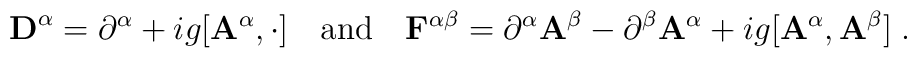
{\bf D}^\alpha = \partial^\alpha + i g [{\bf A}^\alpha, \cdot ]\quad {\rm {and}} \quad{\bf F}^{\alpha \beta} = \partial^\alpha {\bf A}^\beta  - \partial^\beta {\bf A}^\alpha + i g [{\bf A}^\alpha,{\bf A}^\beta ]\;.